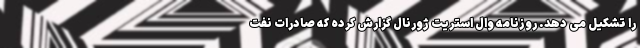
را تشکیل می دهد. روزنامه وال استریت ژورنال گزارش کرده که صادرات نفت